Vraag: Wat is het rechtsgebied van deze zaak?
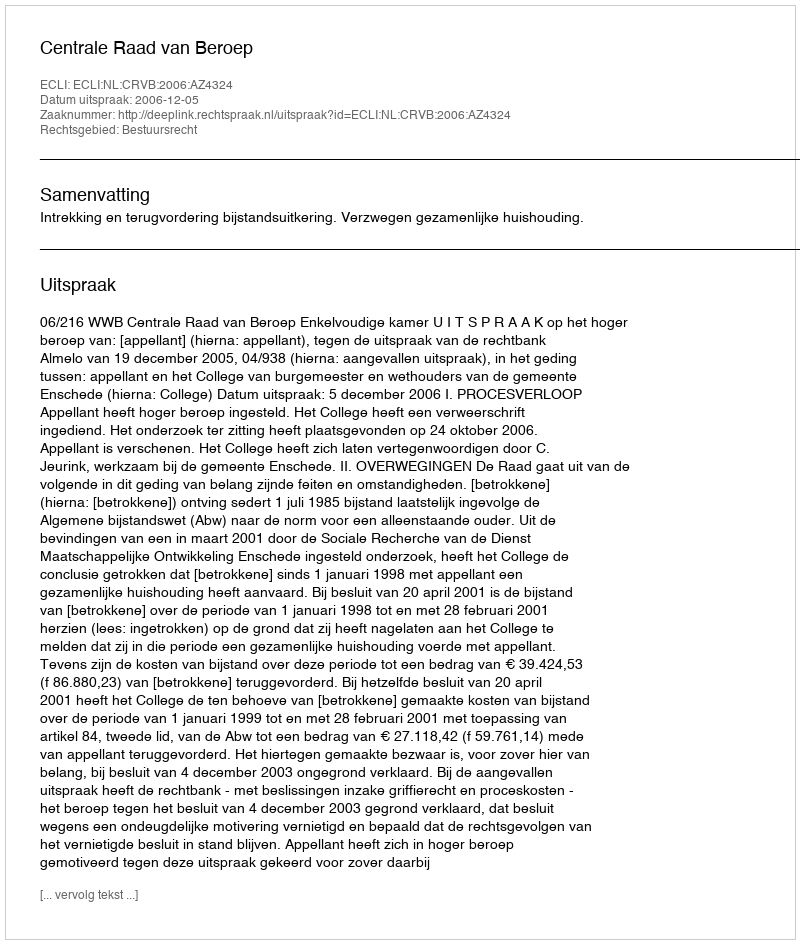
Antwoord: Bestuursrecht